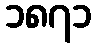
၁၈၇၁